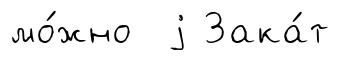
мо́жно j Зака́т